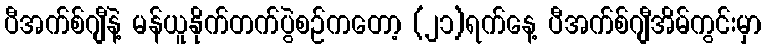
ပီအက်စ်ဂျီနဲ့ မန်ယူနိုက်တက်ပွဲစဉ်ကတော့ (၂၁)ရက်နေ့ ပီအက်စ်ဂျီအိမ်ကွင်းမှာ